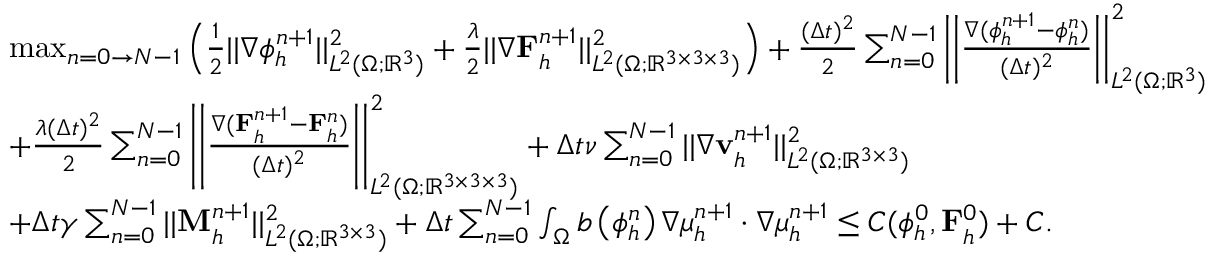
\begin{array} { r l } & { \operatorname* { m a x } _ { n = 0 \to N - 1 } \left( \frac { 1 } { 2 } | | \nabla \phi _ { h } ^ { n + 1 } | | _ { L ^ { 2 } ( \Omega ; \mathbb { R } ^ { 3 } ) } ^ { 2 } + \frac { \lambda } { 2 } | | \nabla \mathbf { F } _ { h } ^ { n + 1 } | | _ { L ^ { 2 } ( \Omega ; \mathbb { R } ^ { 3 \times 3 \times 3 } ) } ^ { 2 } \right) + \frac { ( \Delta t ) ^ { 2 } } { 2 } \sum _ { n = 0 } ^ { N - 1 } \left| \left| \frac { \nabla ( \phi _ { h } ^ { n + 1 } - \phi _ { h } ^ { n } ) } { ( \Delta t ) ^ { 2 } } \right| \right| _ { L ^ { 2 } ( \Omega ; \mathbb { R } ^ { 3 } ) } ^ { 2 } } \\ & { + \frac { \lambda ( \Delta t ) ^ { 2 } } { 2 } \sum _ { n = 0 } ^ { N - 1 } \left| \left| \frac { \nabla ( \mathbf { F } _ { h } ^ { n + 1 } - \mathbf { F } _ { h } ^ { n } ) } { ( \Delta t ) ^ { 2 } } \right| \right| _ { L ^ { 2 } ( \Omega ; \mathbb { R } ^ { 3 \times 3 \times 3 } ) } ^ { 2 } + \Delta t \nu \sum _ { n = 0 } ^ { N - 1 } | | \nabla \mathbf { v } _ { h } ^ { n + 1 } | | _ { L ^ { 2 } ( \Omega ; \mathbb { R } ^ { 3 \times 3 } ) } ^ { 2 } } \\ & { + \Delta t \gamma \sum _ { n = 0 } ^ { N - 1 } | | \mathbf { M } _ { h } ^ { n + 1 } | | _ { L ^ { 2 } ( \Omega ; \mathbb { R } ^ { 3 \times 3 } ) } ^ { 2 } + \Delta t \sum _ { n = 0 } ^ { N - 1 } \int _ { \Omega } b \left( \phi _ { h } ^ { n } \right) \nabla \mu _ { h } ^ { n + 1 } \cdot \nabla \mu _ { h } ^ { n + 1 } \leq C ( \phi _ { h } ^ { 0 } , \mathbf { F } _ { h } ^ { 0 } ) + C . } \end{array}